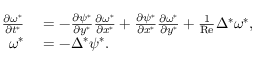
\begin{array} { r l } { \frac { \partial \omega ^ { * } } { \partial t ^ { * } } } & { { } = - \frac { \partial \psi ^ { * } } { \partial y ^ { * } } \frac { \partial \omega ^ { * } } { \partial x ^ { * } } + \frac { \partial \psi ^ { * } } { \partial x ^ { * } } \frac { \partial \omega ^ { * } } { \partial y ^ { * } } + \frac { 1 } { \mathrm { R e } } \Delta ^ { * } \omega ^ { * } , } \\ { \omega ^ { * } } & { { } = - \Delta ^ { * } \psi ^ { * } . } \end{array}